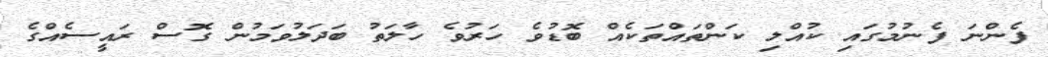
ފެންނަ ފެނުމުގައި ކުއްލި ކަންތައްތަކެއް ބޮޑުވެ ހަރުވެ ހާލަތު ބަދަލުވަމުން ގޮސް ރައީސެއްގެ